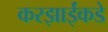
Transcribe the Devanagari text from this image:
करझाईंकडे